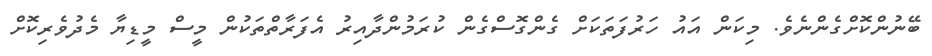
ބޭނުންކޮށްގެންނެވެ. މިކަން އައު ހަރުފަތަކަށް ގެންގޮސްގެން ކުރަމުންދާއިރު އެފަރާތްތަކުން މީސް މީޑިޔާ މެދުވެރިކޮށް